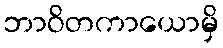
ဘာဝိတကာယောမှိ